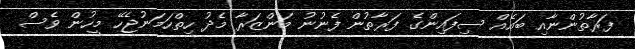
ފަރާތުންނާއި ބައެއް ސިފައިންގެ ފަރާތުން ފެނުނު މަންޒަރާ މެދު ހިތްހަމަނުޖެހޭ މީހުން ވެސް